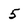
Character: 5